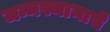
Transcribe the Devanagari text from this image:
जन्मस्थानाचे